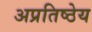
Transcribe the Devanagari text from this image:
अप्रतिष्ठेय